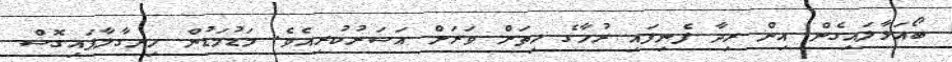
ބޯއަޅާލައިގެން އިން ރިދާ ފެނިފައި ރުހާގެ ހިތަށް ވަރަށް އަސަރުކުރިއެވެ. މަޑުމަޑުން ހިނގާލާފައިގޮސް